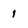
Character: 1